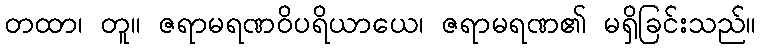
တထာ၊ တူ။ ဇရာမရဏဝိပရိယာယေ၊ ဇရာမရဏ၏ မရှိခြင်းသည်။